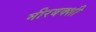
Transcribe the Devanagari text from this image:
मीरबक्शी